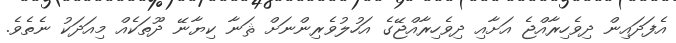
އެފަދައިން ދިވެހިރާއްޖެ އަށާއި ދިވެހިރާއްޖޭގެ އަހުލުވެރިންނަށް ޘަނާ ކިޔާނޭ ދޫތަކެއް މިއަދަކު ނެތެވެ.